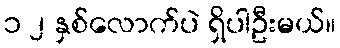
၁ ၂ နှစ်လောက်ပဲ ရှိပါဦးမယ်။